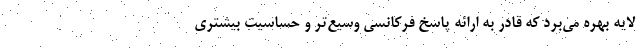
لایه بهره می‌برد که قادر به ارائه پاسخ فرکانسی وسیع‌تر و حساسیت بیشتری